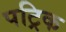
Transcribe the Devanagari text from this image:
पट्रिक